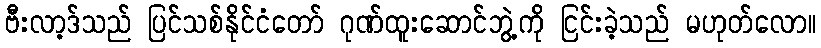
ဗီးလာ့ဒ်သည် ပြင်သစ်နိုင်ငံတော် ဂုဏ်ထူးဆောင်ဘွဲ့ကို ငြင်းခဲ့သည် မဟုတ်လော။